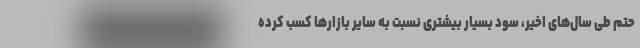
حتم طی سال‌های اخیر، سود بسیار بیشتری نسبت به سایر بازارها کسب کرده